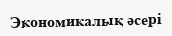
Экономикалық әсері